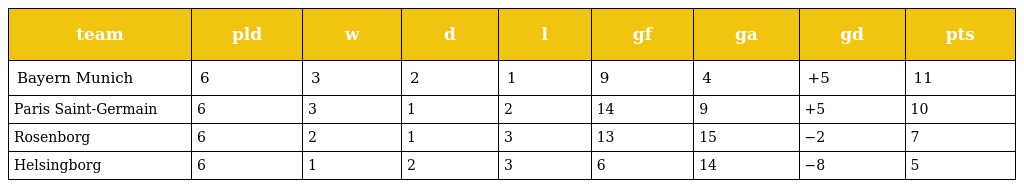
| team | pld | w | d | l | gf | ga | gd | pts |
 | --- | --- | --- | --- | --- | --- | --- | --- | --- |
 | Bayern Munich | 6 | 3 | 2 | 1 | 9 | 4 | +5 | 11 |
 | Paris Saint-Germain | 6 | 3 | 1 | 2 | 14 | 9 | +5 | 10 |
 | Rosenborg | 6 | 2 | 1 | 3 | 13 | 15 | −2 | 7 |
 | Helsingborg | 6 | 1 | 2 | 3 | 6 | 14 | −8 | 5 |